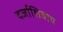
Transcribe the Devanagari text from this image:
दर्जाशिवाय